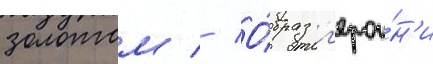
золотом // О́браз г'ерои́н'и